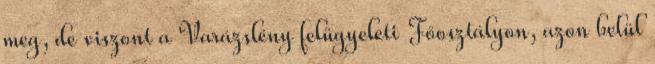
meg, de viszont a Varázslény felügyeleti Főosztályon, azon belül